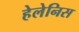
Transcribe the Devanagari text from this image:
हेलेनिस